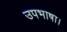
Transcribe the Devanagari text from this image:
उपभाषा।